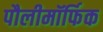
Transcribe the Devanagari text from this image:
पौलीमॉर्फिक